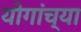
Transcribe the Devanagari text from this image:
योगांच्या